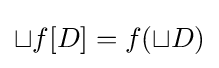
\sqcup f[D]=f(\sqcup D)